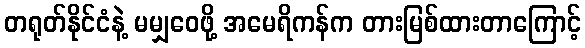
တရုတ်နိုင်ငံနဲ့ မမျှဝေဖို့ အမေရိကန်က တားမြစ်ထားတာကြောင့်